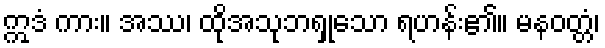
ဣဒံ ကား။ အဿ၊ ထိုအသုဘရှုသော ရဟန်း၏။ မနဝတ္တံ၊